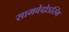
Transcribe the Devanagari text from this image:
सामवेदोऽस्मि